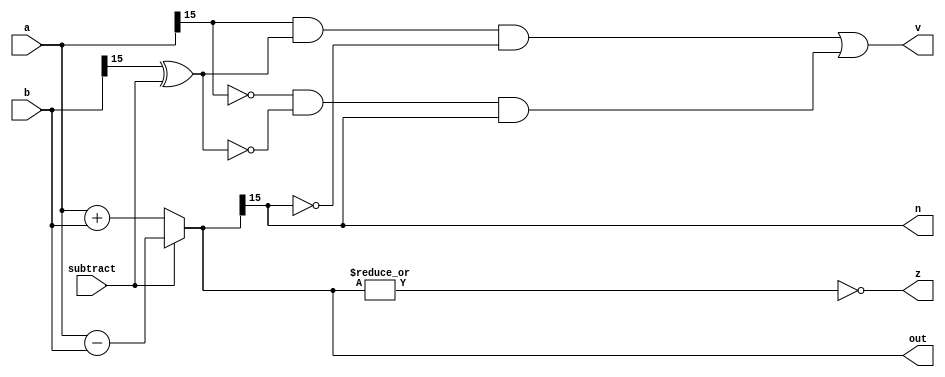
/*
   This file was generated automatically by Alchitry Labs version 1.2.1.
   Do not edit this file directly. Instead edit the original Lucid source.
   This is a temporary file and any changes made to it will be destroyed.
*/

module alu_adder_12 (
    input subtract,
    input [15:0] a,
    input [15:0] b,
    output reg [15:0] out,
    output reg [0:0] z,
    output reg [0:0] v,
    output reg [0:0] n
  );
  
  
  
  reg [15:0] s;
  
  always @* begin
    s = 16'h0000;
    if (subtract == 1'h1) begin
      s = a - b;
    end else begin
      s = a + b;
    end
    n = s[15+0-:1];
    v = (a[15+0-:1] & (b[15+0-:1] ^ subtract) & !s[15+0-:1]) | (!a[15+0-:1] & !(b[15+0-:1] ^ subtract) & s[15+0-:1]);
    z = (~|s);
    out = s;
  end
endmodule